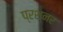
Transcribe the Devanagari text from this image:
प्रश्नर